Annual report of the Central Committee of the Association together with the report of the directors of the Pasteur Institute at Kasauli
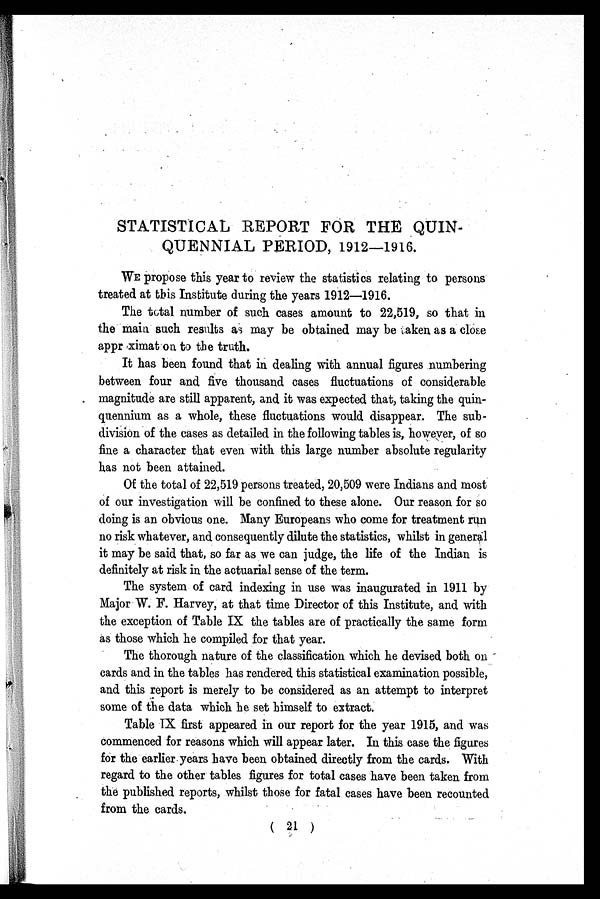
STATISTICAL REPORT FOR THE QUIN-
QUENNIAL PERIOD, 1912—1916.
WE propose this year to review the statistics relating to persons
treated at this Institute during the years 1912—1916.
The total number of such cases amount to 22,519, so that in
the main such results as may be obtained may be taken as a close
approximat on to the truth.
It has been found that in dealing with annual figures numbering
between four and five thousand cases fluctuations of considerable
magnitude are still apparent, and it was expected that, taking the
quin-quennium as a whole, these fluctuations would disappear. The sub
- d i v i s i o n o f t h e c a s e s a s d e t a i l e d i n t h e f o l l o w i n g t a b l e s i s , h o w e v e r , o f s o
fine a character that even with this large number absolute regularity
has not been attained.
Of the total of 22,519 persons treated, 20,509 were Indians and most
of our investigation will be confined to these alone. Our reason for so
doing is an obvious one. Many Europeans who come for treatment run
no risk whatever, and consequently dilute the statistics, whilst in general
it may be said that, so far as we can judge, the life of the Indian is
definitely at risk in the actuarial sense of the term.
The system of card indexing in use was inaugurated in 1911 by
Major W. F. Harvey, at that time Director of this Institute, and with
the exception of Table IX the tables are of practically the same form
as those which he compiled for that year.
The thorough nature of the classification which he devised both on
cards and in the tables has rendered this statistical examination possible,
and this report is merely to be considered as an attempt to interpret
some of the data which he set himself to extract.
Table IX first appeared in our report for the year 1915, and was
commenced for reasons which will appear later. In this case the figures
for the earlier years have been obtained directly from the cards. With
regard to the other tables figures for total cases have been taken from
the published reports, whilst those for fatal cases have been recounted
from the cards.
( 21 )